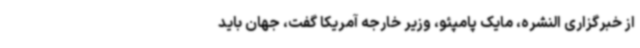
از خبرگزاری النشره، مایک پامپئو، وزیر خارجه آمریکا گفت، جهان باید